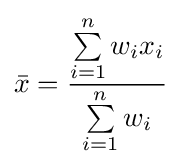
{\bar {x}}={\frac {\sum \limits _{i=1}^{n}w_{i}x_{i}}{\sum \limits _{i=1}^{n}w_{i}}}